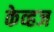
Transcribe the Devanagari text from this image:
केव्हज